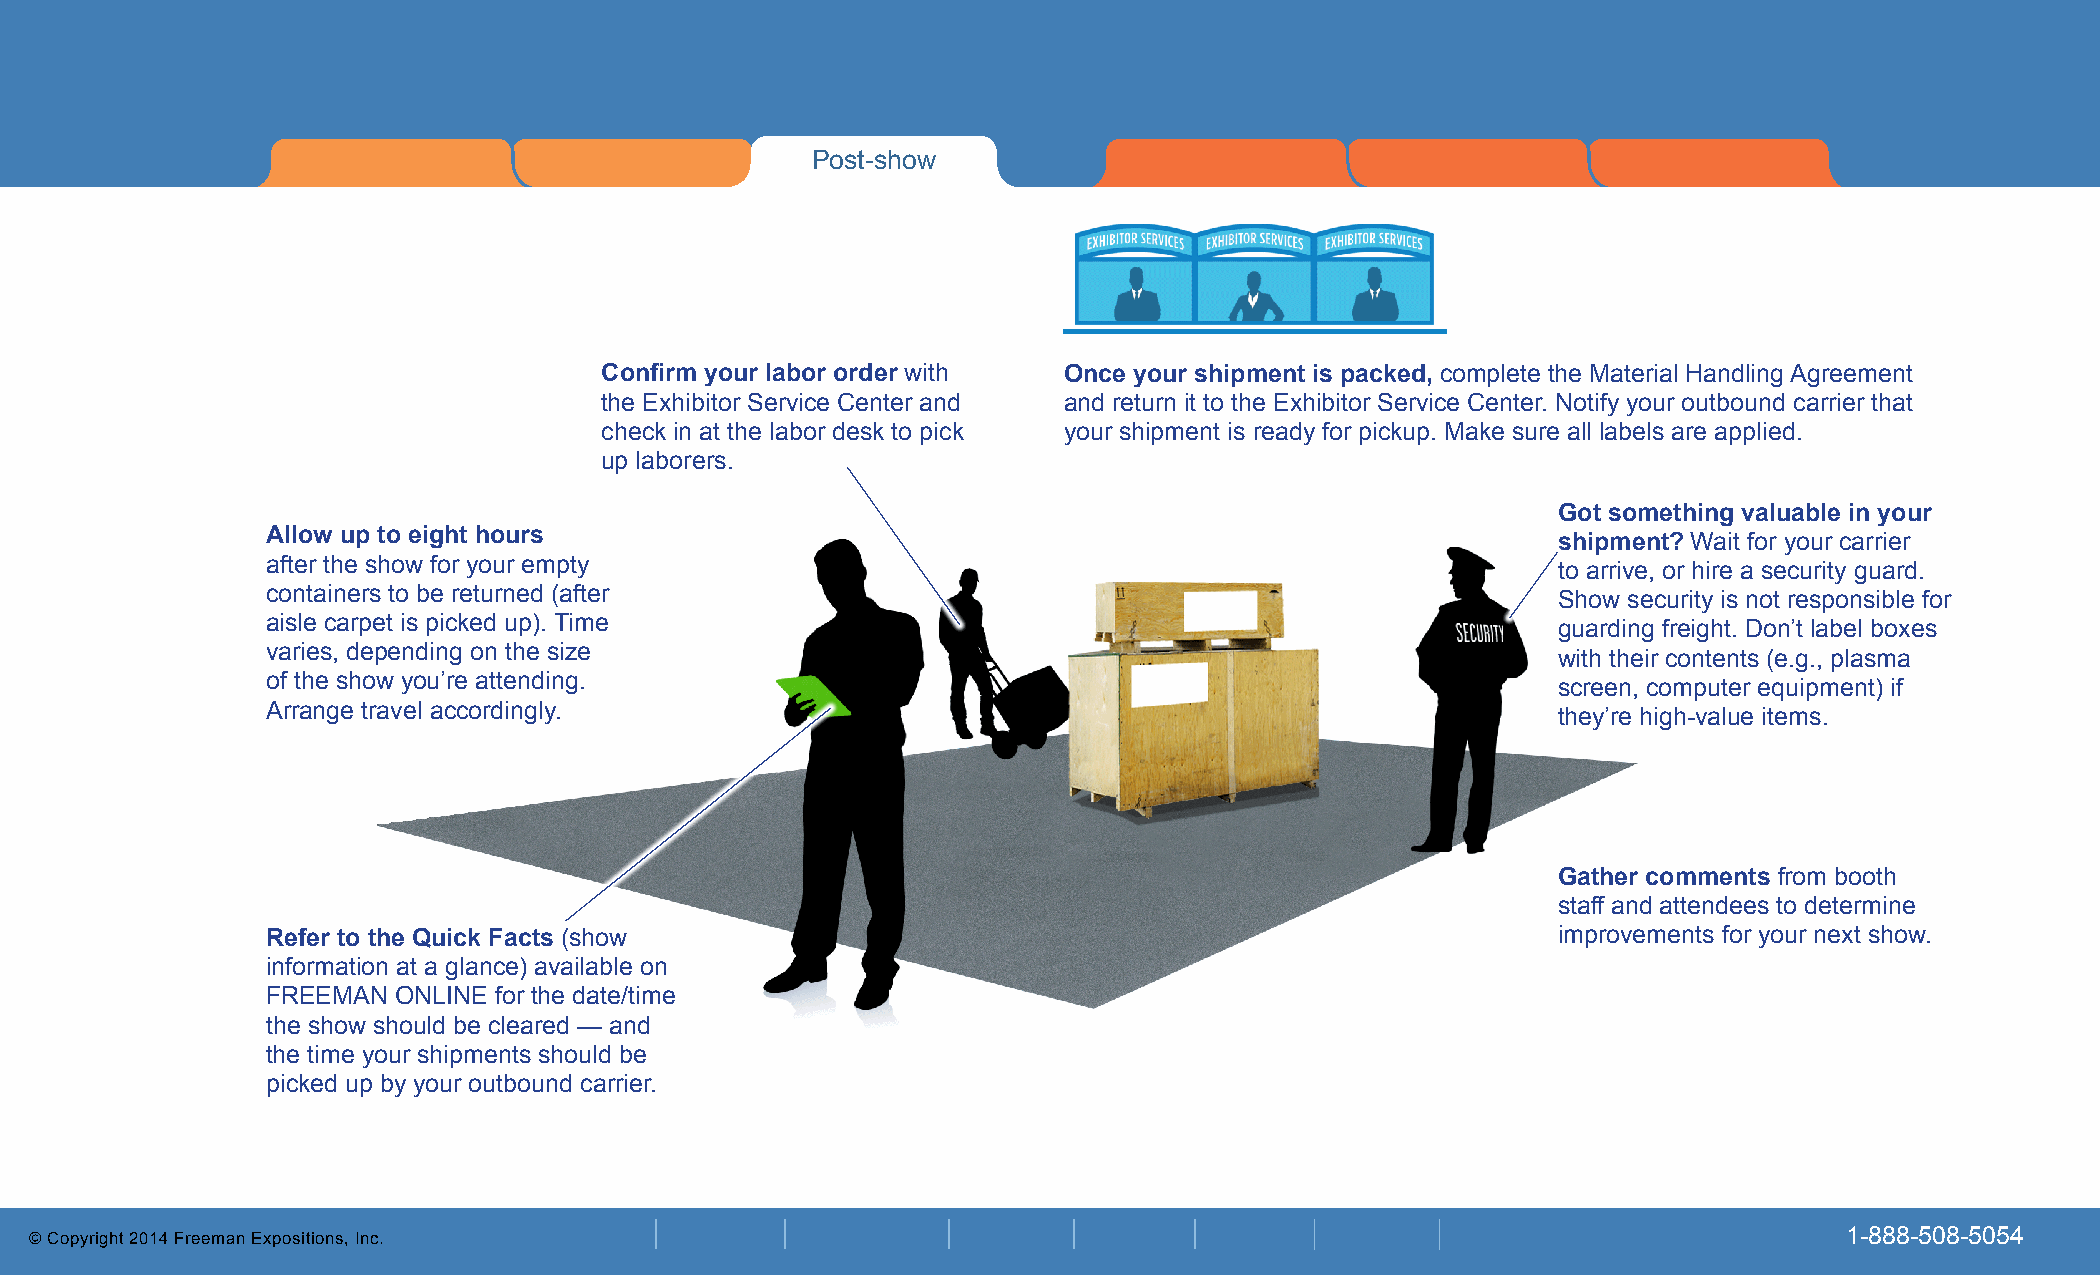
Post show
 Post-show
 Confirm your labor order with Once your shipment is packed, complete the Material Handling Agreement
 the Exhibitor Service Center and and return it to the Exhibitor Service Center. Notify your outbound carrier that
 check in at the labor desk to pick your shipment is ready for pickup. Make sure all labels are applied.
 up laborers.
 Got something valuable in your
 Allow up to eight hours                                                              shipment? Wait for your carrier
 after the show for your empty
 to arrive, or hire a security guard.
 containers to be returned (after
 Show security is not responsible for
 aisle carpet is picked up). Time
 guarding freight. Don’t label boxes
 varies, depending on the size
 with their contents (e.g., plasma
 of the show you’re attending.
 screen, computer equipment) if
 Arrange travel accordingly.
 they’re high-value items.
 Gather comments from booth
 staff and attendees to determine
 Refer to the Quick Facts (show                                                       improvements for your next show.
 information at a glance) available on
 FREEMAN ONLINE for the date/time
 the show should be cleared — and
 the time your shipments should be
 picked up by your outbound carrier.
 © Copyright 2014 Freeman Expositions, Inc.                                                                              1-888-508-5054